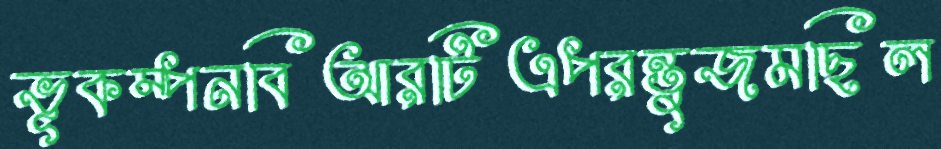
ভূকম্পনবিআরটিএপরন্তুজমছিল